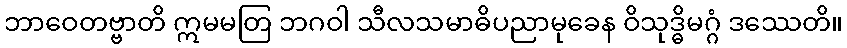
ဘာဝေတဗ္ဗာတိ ဣမမတြ ဘဂဝါ သီလသမာဓိပညာမုခေန ဝိသုဒ္ဓိမဂ္ဂံ ဒဿေတိ။